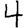
Digit: 4